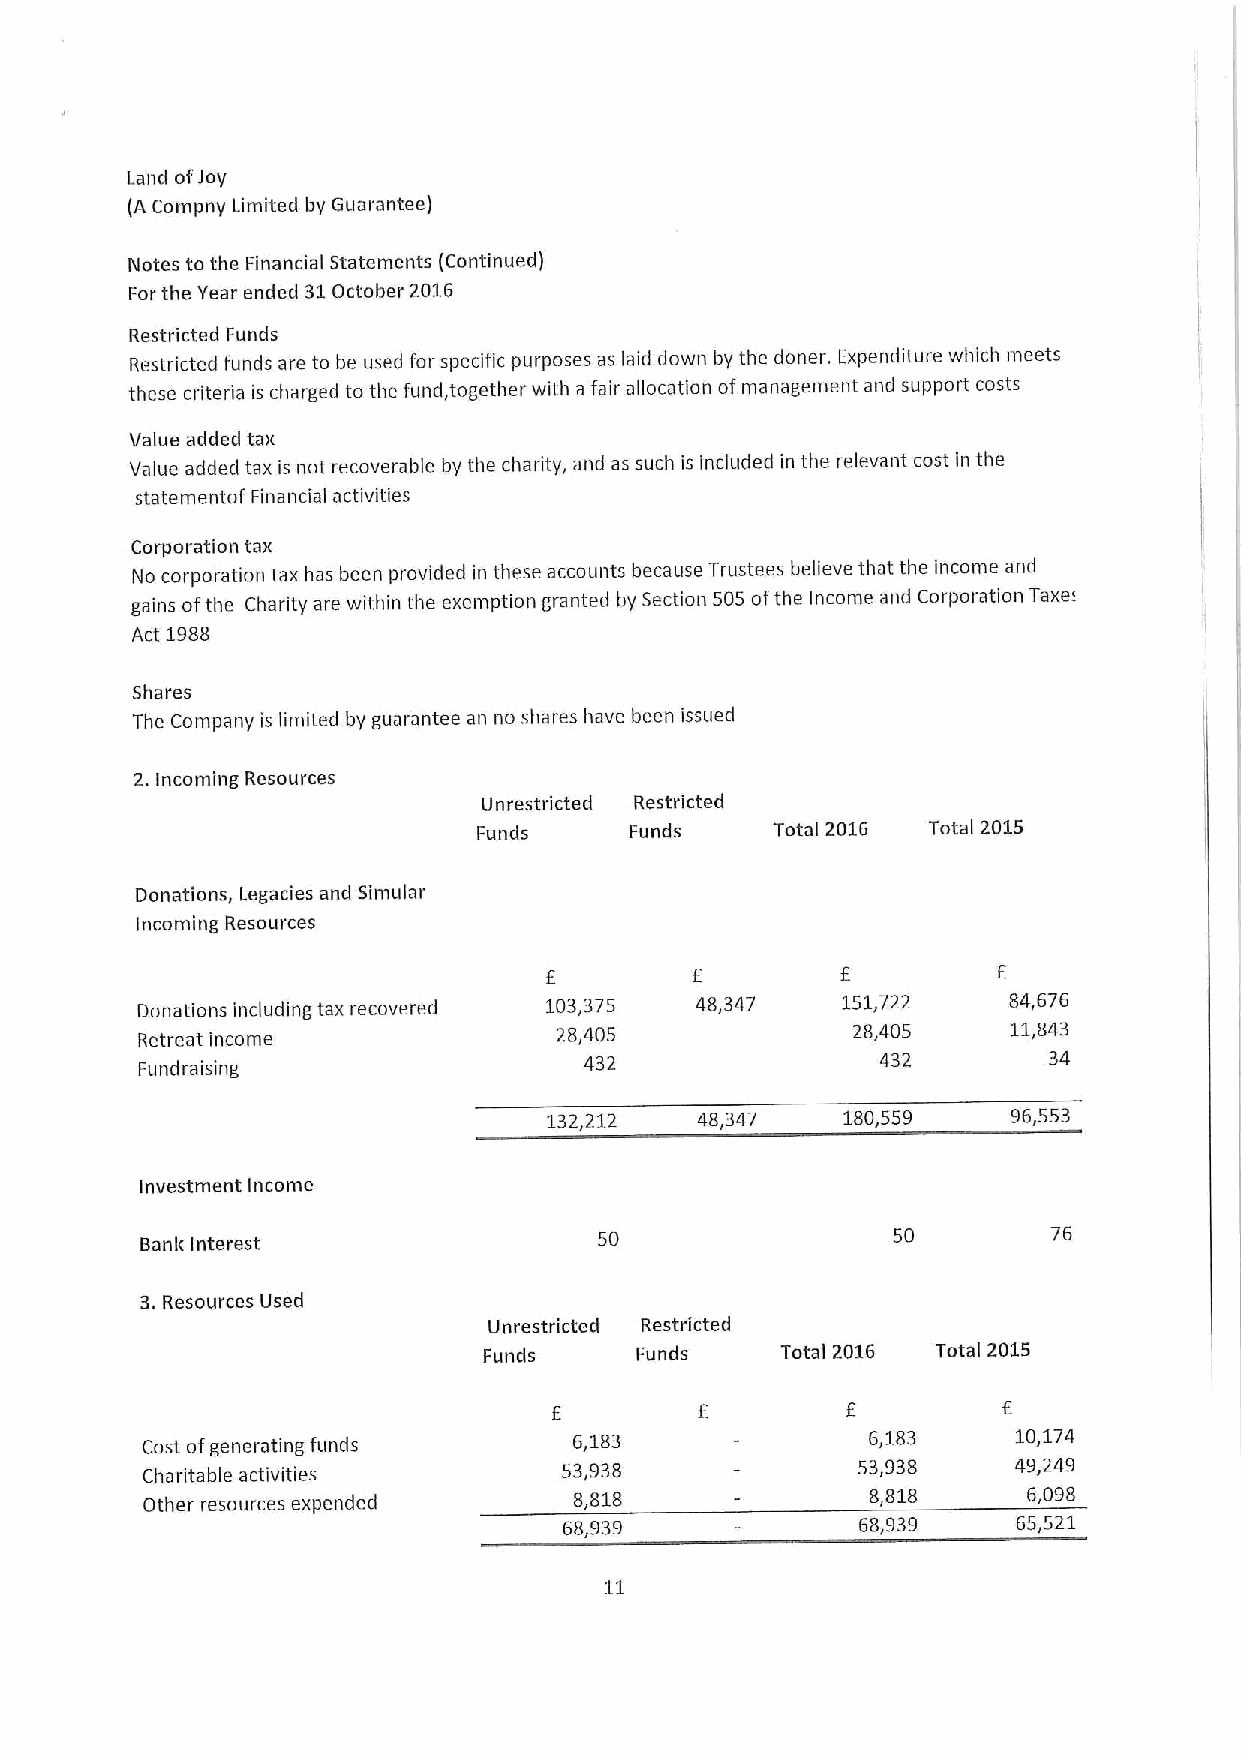
Land of)oy
 (A Compny Limited by Guarantee)
 Notes to the Financial Statements (Continued)
 Forthe Year ended 31October 2016
 Restricted Funds
 Restricted funds are to be used for specific purposes as laid down by the doner. Expenditure which meets
 these criteria is charged to the fund, together with a fair allocation ofmanagement and support costs
 Value added tax
 Value added tax is not recoverable by the charity, and as such is included in the relevant cost in the
 statementof Financial activities
 Corporation tax
 No corporation tax has been provided in these accounts because Trustees believe that the income and
 gains ofthe Charity are within the exemption granted by Section 505 ofthe Income and Corporation Taxe.'
 Act 1988
 Shares
 The Company is limited by guarantee an no shares have been issued
 2.Incoming Resources
 Unrestricted Restricted
 Funds     Funds    Total 2016 Total 2015
 Donations, Legacies and Simular
 Incoming Resources
 f
 6         f         6
 Donations including tax recovered 103,375 48,347 151,722  84,676
 Retreatincome               28,405             28,405     11,843
 432                432        34
 Fundraising
 132,212   48,347    180,559    96,553
 Investment Income
 Beni& Interest                 50                 50         76
 3, Resources Used
 Unrestricted Restricted
 Funds     Funds     Tota I 2016 Tota I 2015
 f
 E                  E
 Cost ofgenerating funds      6,183               6,183    10,174
 Charitable activities       53,938              53,938    49,249
 Other resources expended     8,818               8,818     6,098
 68,939              68,939    65,521
 11